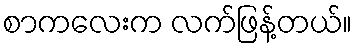
စာကလေးက လက်ဖြန့်တယ်။